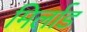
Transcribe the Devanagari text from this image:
मिर्लाड